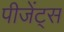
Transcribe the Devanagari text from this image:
पीजेंट्स